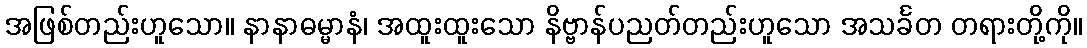
အဖြစ်တည်းဟူသော။ နာနာဓမ္မာနံ၊ အထူးထူးသော နိဗ္ဗာန်ပညတ်တည်းဟူသော အသင်္ခတ တရားတို့ကို။